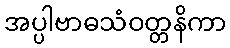
အပ္ပါဗာဓသံဝတ္တနိကာ